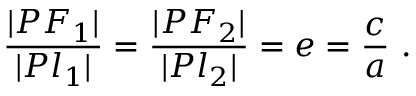
{ \frac { | P F _ { 1 } | } { | P l _ { 1 } | } } = { \frac { | P F _ { 2 } | } { | P l _ { 2 } | } } = e = { \frac { c } { a } } \ .